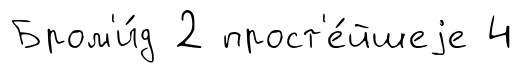
Бром'и́д 2 прост'е́йшеjе 4